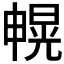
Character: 𰣐